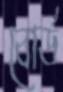
বোর্ড